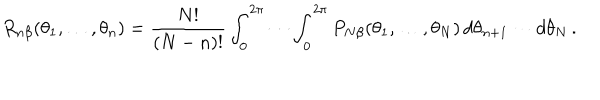
R _ { n \beta } ( \theta _ { 1 } , \ldots , \theta _ { n } ) = { \frac { N ! } { ( N - n ) ! } } \int _ { 0 } ^ { 2 \pi } \cdots \int _ { 0 } ^ { 2 \pi } P _ { N \beta } ( \theta _ { 1 } , \ldots , \theta _ { N } ) \, d \theta _ { n + 1 } \cdots d \theta _ { N } \, .